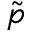
\Tilde { p }